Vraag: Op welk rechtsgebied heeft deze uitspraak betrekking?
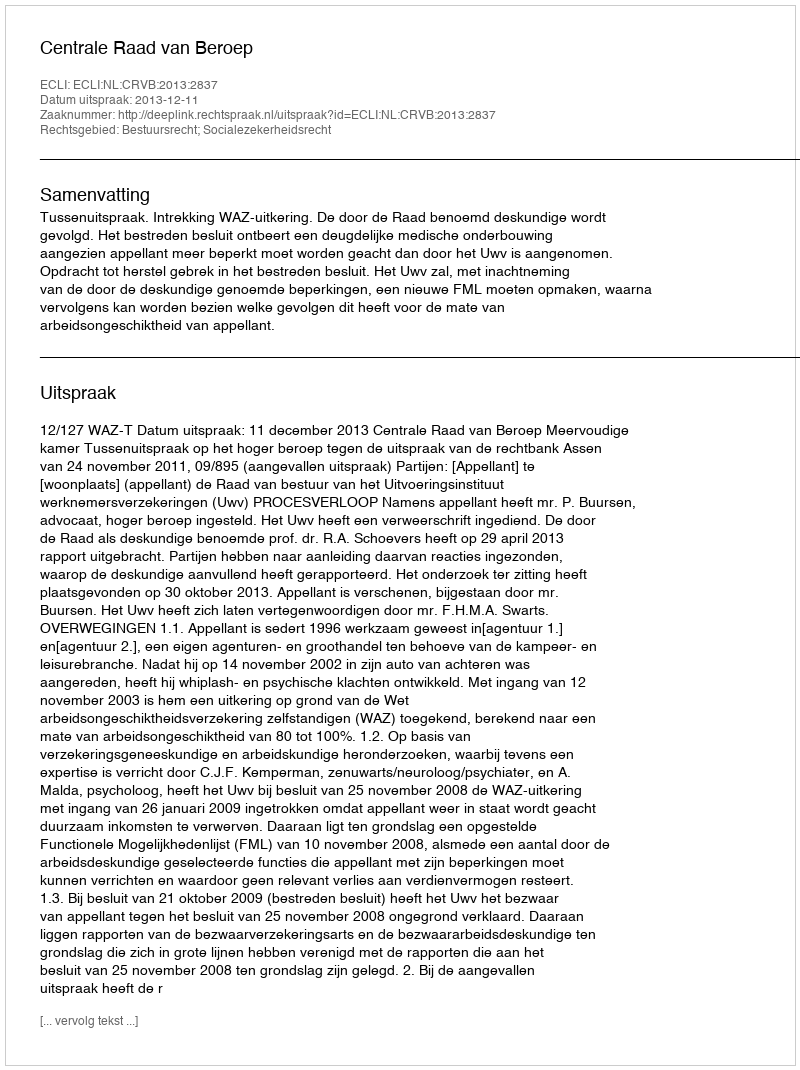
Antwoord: Bestuursrecht; Socialezekerheidsrecht